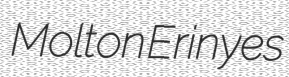
Molton Erinyes